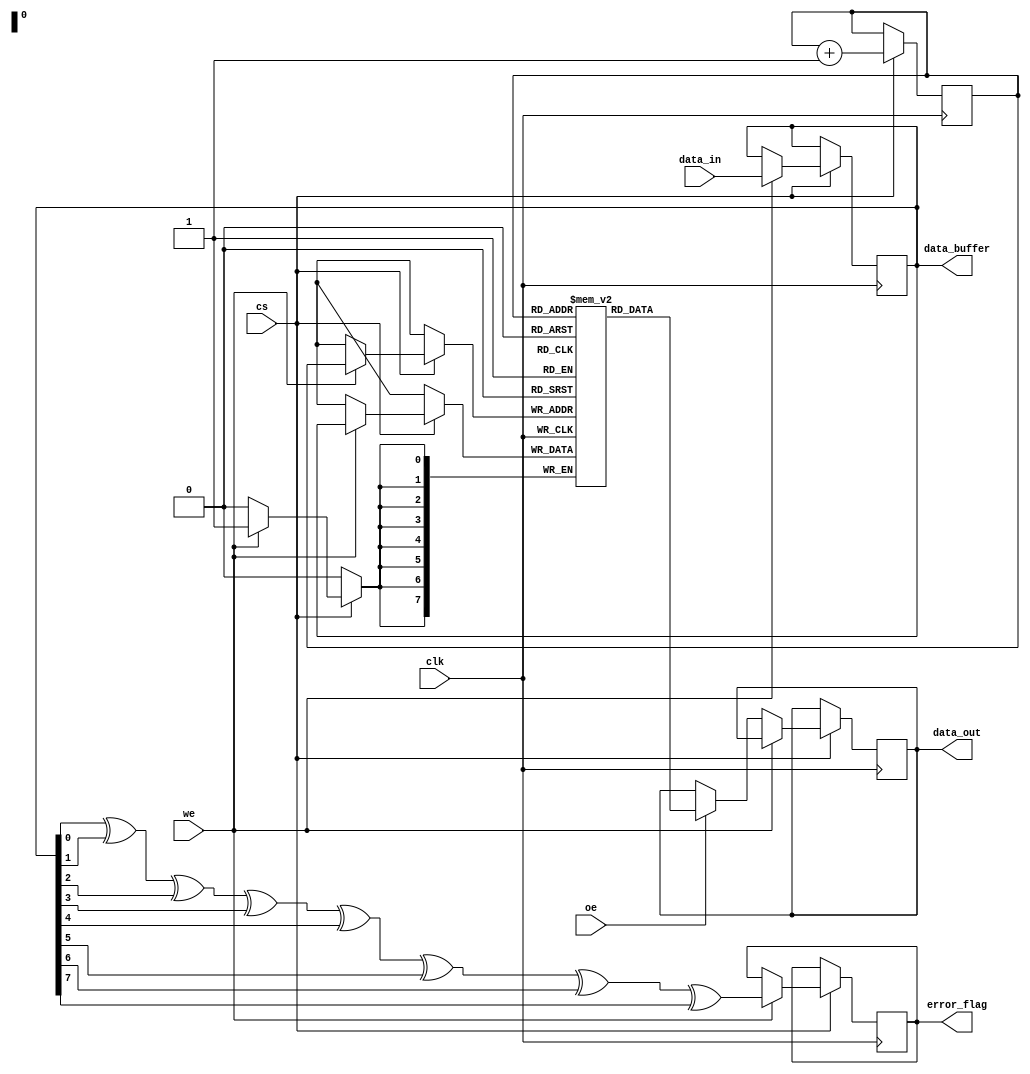
module pcm_io_block #(
    parameter DATA_WIDTH = 8  // Configurable data width (8, 16, 32 bits)
)(
    input wire clk,            // Clock signal
    input wire cs,             // Chip Select
    input wire we,             // Write Enable
    input wire oe,             // Output Enable
    input wire [DATA_WIDTH-1:0] data_in, // Data input
    output reg [DATA_WIDTH-1:0] data_out, // Data output
    output reg error_flag,     // Error detection flag
    output reg [DATA_WIDTH-1:0] data_buffer // Buffer for data latching
);

    // Internal signals
    reg [DATA_WIDTH-1:0] pcm_memory [0:255]; // Example PCM memory array
    reg [7:0] address; // Address for memory access

    // Error detection mechanism (simple parity check)
    function parity_check(input [DATA_WIDTH-1:0] data);
        integer i;
        reg parity;
        begin
            parity = 0;
            for (i = 0; i < DATA_WIDTH; i = i + 1) begin
                parity = parity ^ data[i];
            end
            parity_check = parity;
        end
    endfunction

    // Main process
    always @(posedge clk) begin
        if (cs) begin
            if (we) begin
                // Write operation
                data_buffer <= data_in; // Latch input data
                pcm_memory[address] <= data_buffer; // Write to PCM memory
                error_flag <= parity_check(data_buffer); // Check for errors
            end else if (oe) begin
                // Read operation
                data_out <= pcm_memory[address]; // Read from PCM memory
            end
        end
    end

    // Address management (for demonstration purposes)
    always @(posedge clk) begin
        if (cs) begin
            address <= address + 1; // Increment address for next operation
        end
    end

endmodule